Tartu_pedagoogiumi_aruanded, lk 18
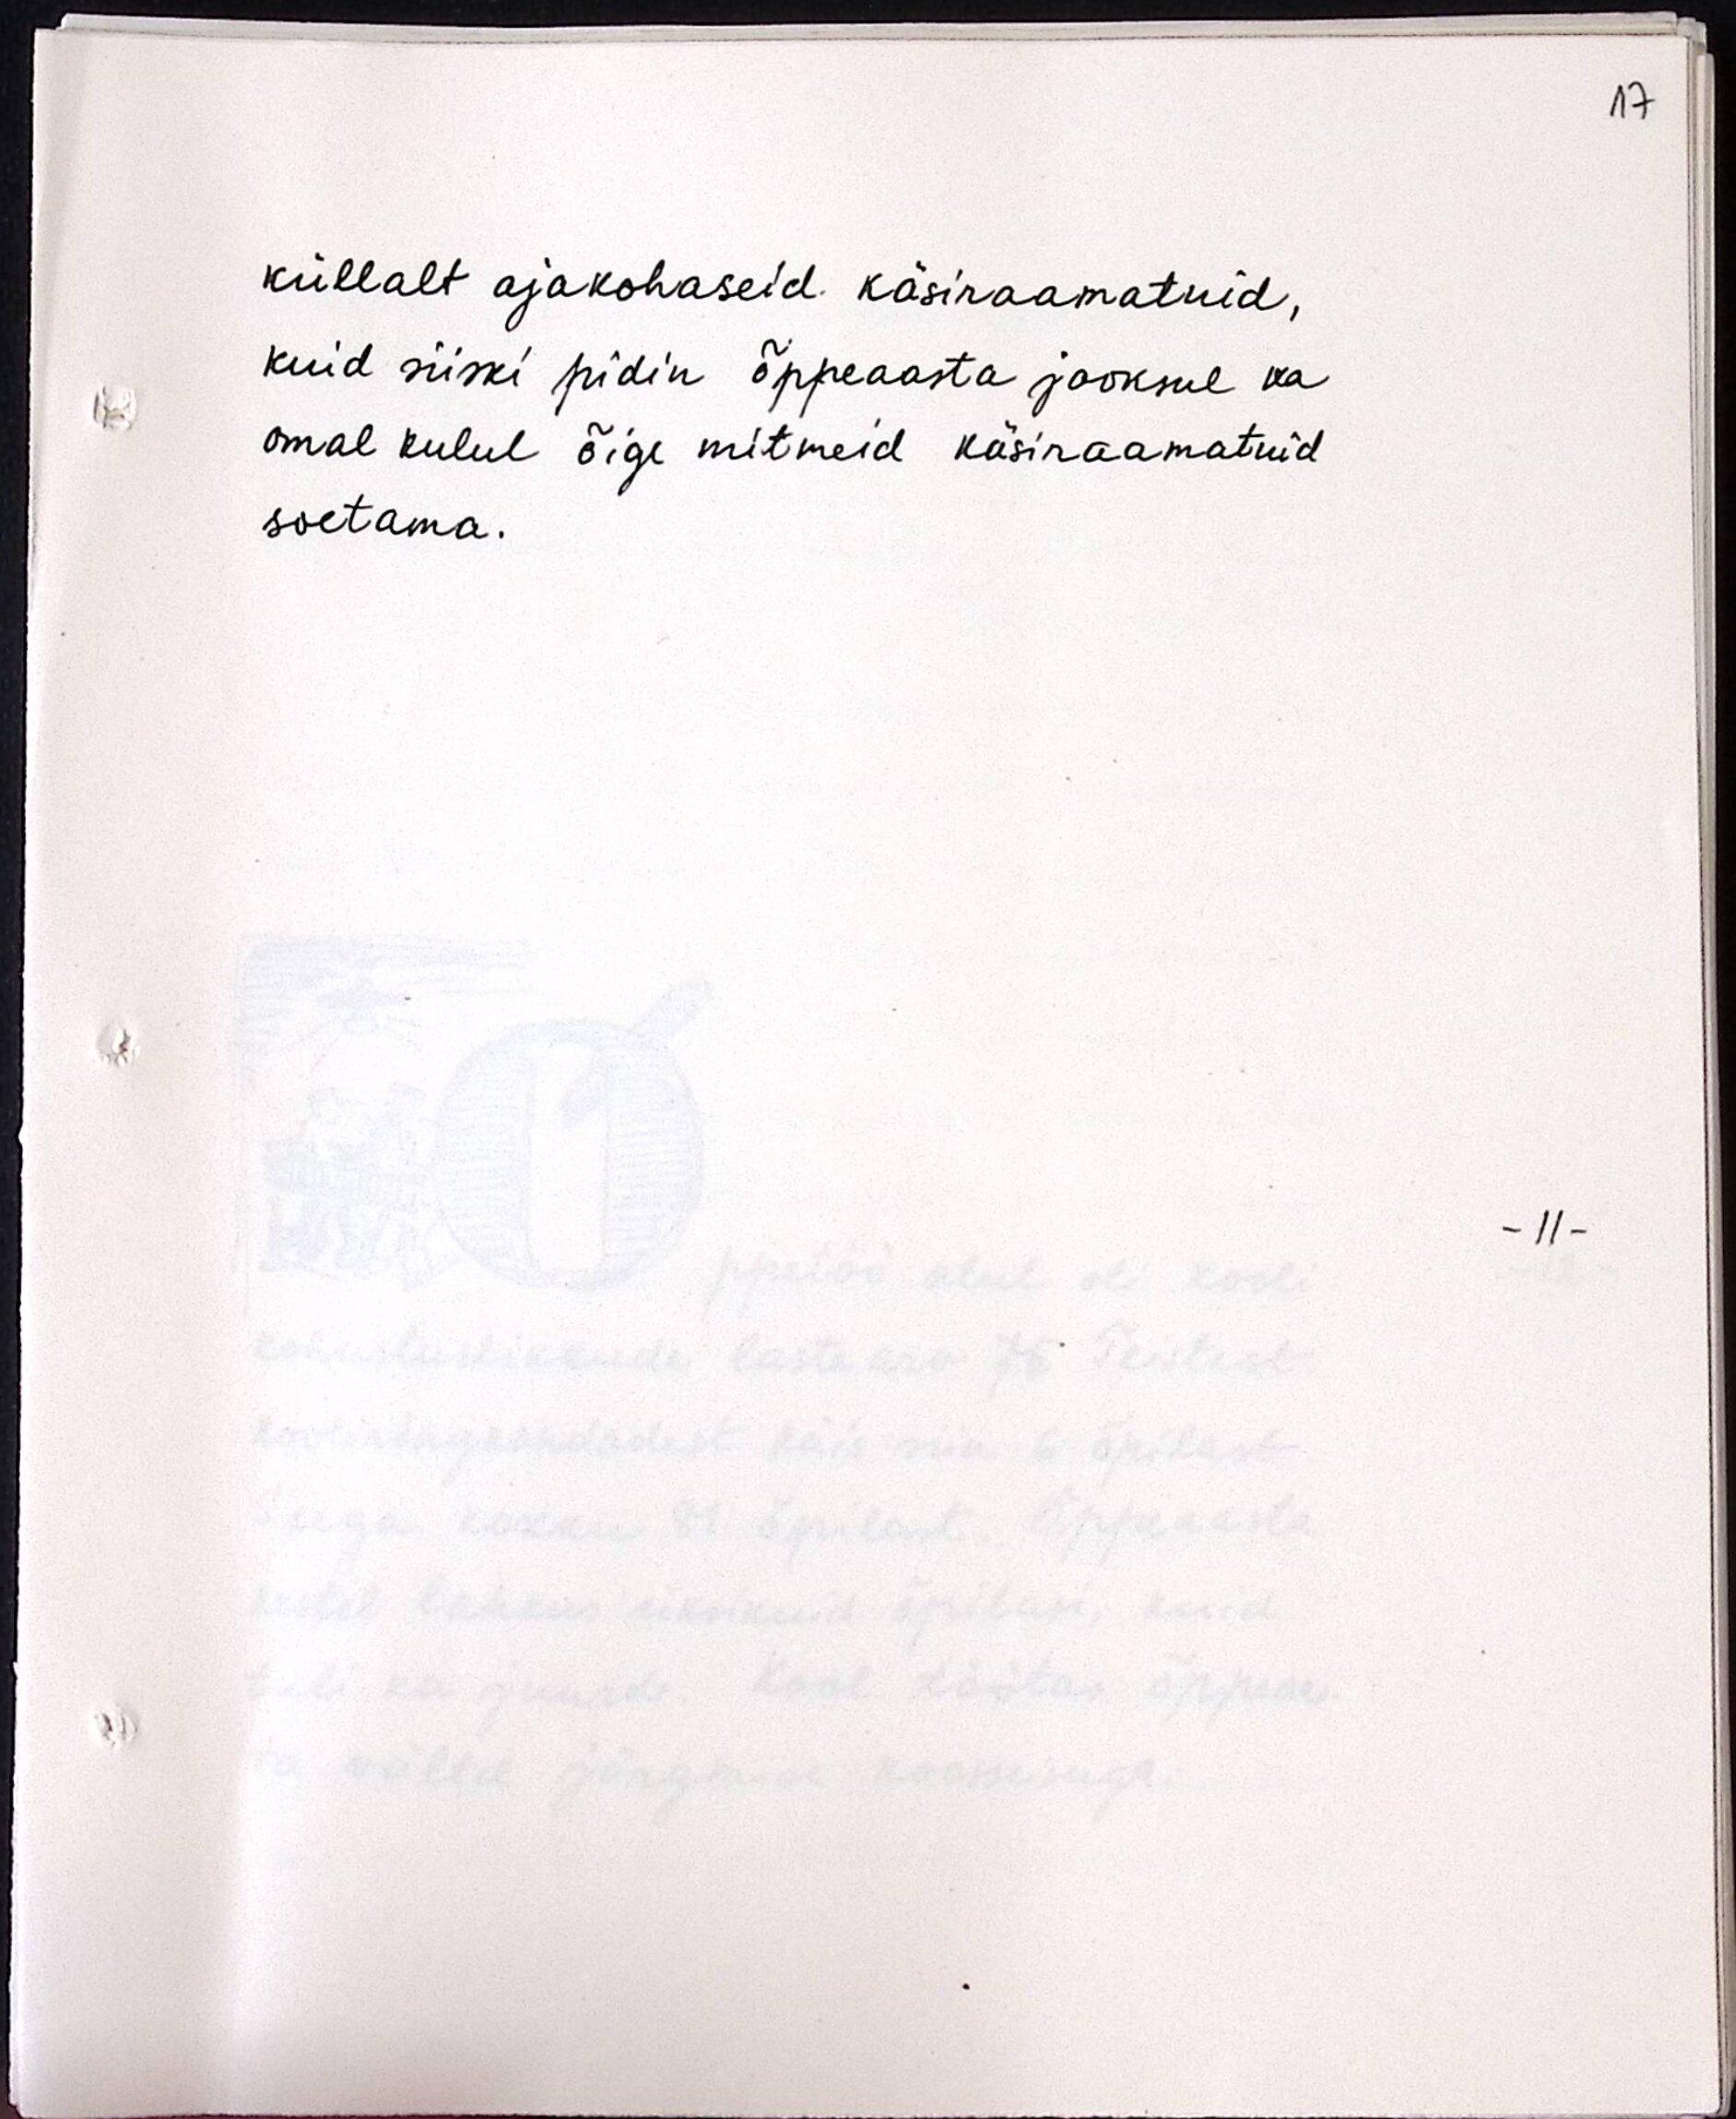
küllalt ajakohaseid käsiraamatuid,
kuid siiski pidin õppeaasta jooksul ka
omal kulul õige mitmeid käsiraamatuid
soetama.